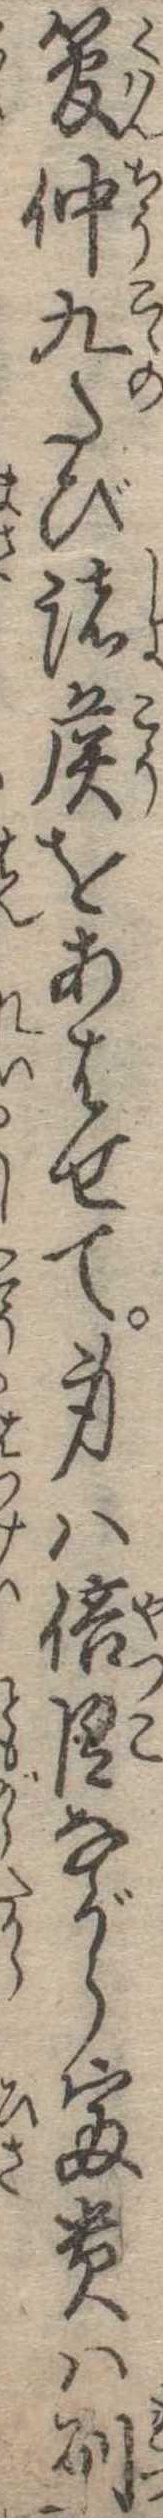
管仲九たび諸候をあはせて身は倍臣ながら富貴は列